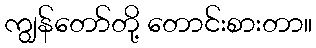
ကျွန်တော်တို့ တောင်းစားတာ။